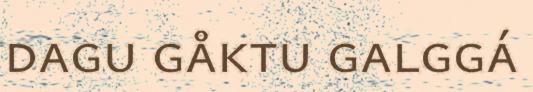
dagu gåktu galggá